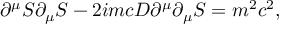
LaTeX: \partial ^ { \mu } { \cal S } \partial _ { \mu } S - 2 i m c { \cal D } \partial ^ { \mu } \partial _ { \mu } { \cal S } = m ^ { 2 } c ^ { 2 } ,